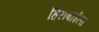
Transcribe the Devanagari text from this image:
हिराबाईला